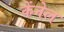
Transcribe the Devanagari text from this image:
केंनेल